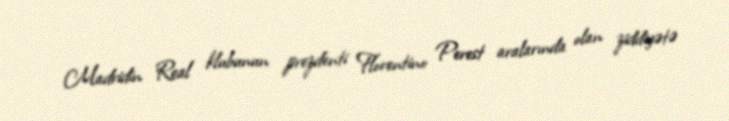
Madridin Real klubunun prezdenti Florentino Perest aralarında olan ziddiyətə